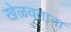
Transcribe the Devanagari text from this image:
खेळवताना